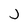
Character: J